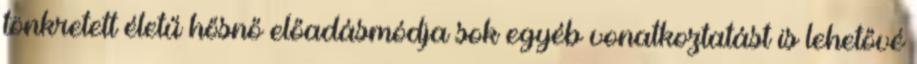
tönkretett életű hősnő előadásmódja sok egyéb vonatkoztatást is lehetővé